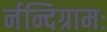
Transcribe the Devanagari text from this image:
र्नन्दिग्रामः